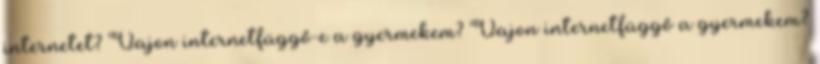
internetet? Vajon internetfüggő-e a gyermekem? Vajon internetfüggő a gyermekem?